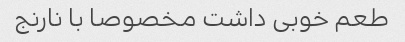
طعم خوبی داشت مخصوصا با نارنج